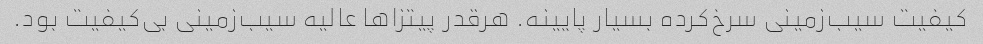
کیفیت سیب‌زمینی سرخ‌کرده بسیار پایینه. هرقدر پیتزاها عالیه سیب‌زمینی بی‌کیفیت بود.